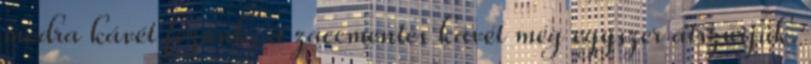
módra kávét főzünk, a zaccmentes kávét még egyszer átszűrjük.